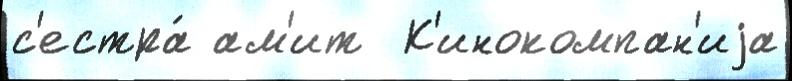
с'естра́ ам'ит  К'инокомпан'иjа